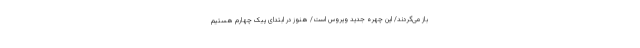
باز می‌گردند/ این چهره جدید ویروس است/ هنوز در ابتدای پیک چهارم هستیم